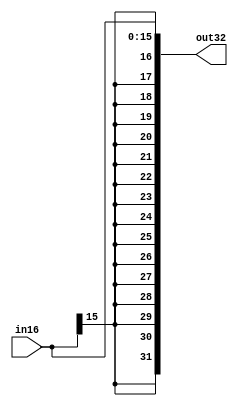
module sign_extend(out32,in16); 

//Sign extension is a block that takes in your input data and
output[31:0] out32;

// append bits to it based on the MSB(most significant bit) value 
input[15:0] in16;

assign out32 =  {{16{in16[15]}},in16};
//to maintain sign integrity
endmodule